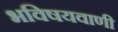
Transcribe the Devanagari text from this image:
भविषयवाणी